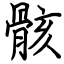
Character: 骸